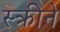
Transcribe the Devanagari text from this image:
स्क्रीने